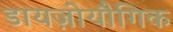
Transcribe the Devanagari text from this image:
डायज़ोयौगिक